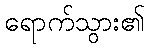
ရောက်သွား၏